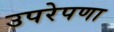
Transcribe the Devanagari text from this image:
उपरेपणा